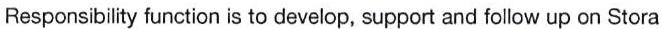
Responsibility function is to develop, support and follow up on Stora